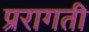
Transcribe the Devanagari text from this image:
प्ररागती